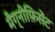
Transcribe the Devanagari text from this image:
मैग्नीफ़िसेंट